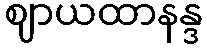
ဈာယထာနန္ဒ